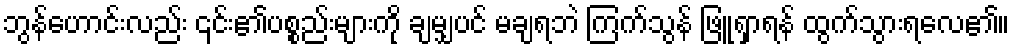
ဘွန်ဟောင်းလည်း ၎င်း၏ပစ္စည်းများကို ချမျှပင် မချရဘဲ ကြက်သွန် ဖြူရှာရန် ထွက်သွားရလေ၏။